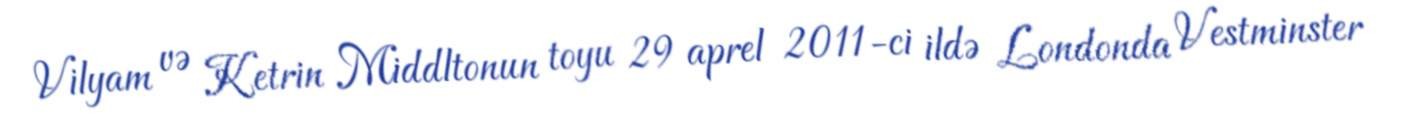
Vilyam və Ketrin Middltonun toyu 29 aprel 2011-ci ildə Londonda Vestminster